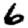
Digit: 6